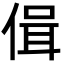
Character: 偮